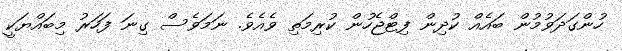
ހުންގަދަވުމުން ބައެއް ކުދިން ފިޓްޖެހުން ކުރިމަތި ވެއެވެ. ނަމަވެސް ގިނަ ފަހަރު މިބައްޔަކީ